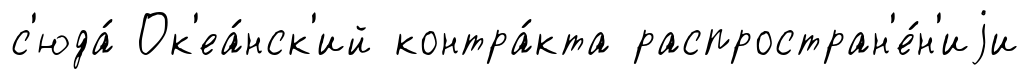
с'юда́ Ок'еа́нск'ий контра́кта распростран'е́н'иjи